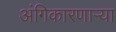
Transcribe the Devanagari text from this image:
अंगिकारणाऱ्या